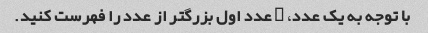
با توجه به یک عدد، N عدد اول بزرگتر از عدد را فهرست کنید.